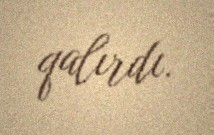
qalırdı.